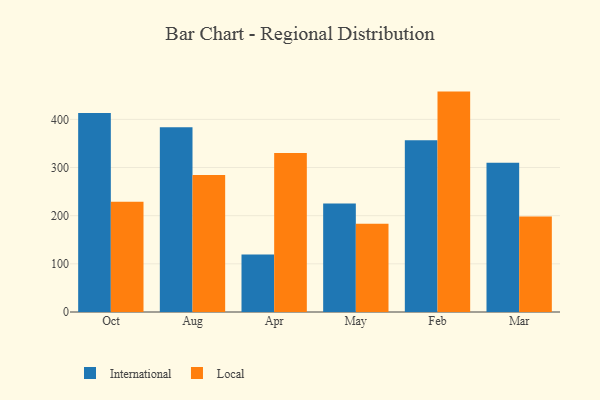
{"axis": {"x": "Month", "y": "Shipments"}, "legend": ["International", "Local"], "data": [{"x": "Oct", "y": 413.2, "type": "International"}, {"x": "Oct", "y": 228.9, "type": "Local"}, {"x": "Aug", "y": 383.8, "type": "International"}, {"x": "Aug", "y": 284.7, "type": "Local"}, {"x": "Apr", "y": 119.4, "type": "International"}, {"x": "Apr", "y": 330.0, "type": "Local"}, {"x": "May", "y": 225.4, "type": "International"}, {"x": "May", "y": 183.4, "type": "Local"}, {"x": "Feb", "y": 356.8, "type": "International"}, {"x": "Feb", "y": 457.7, "type": "Local"}, {"x": "Mar", "y": 309.7, "type": "International"}, {"x": "Mar", "y": 198.5, "type": "Local"}]}